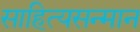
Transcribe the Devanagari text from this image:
साहित्यसन्मान